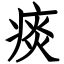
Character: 痰